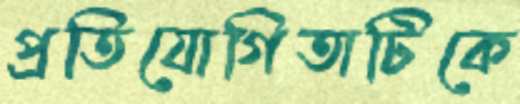
প্রতিযোগিতাটিকে